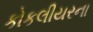
કોકલીયરના